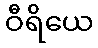
ဝီရိယေ